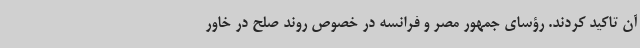
آن تاکید کردند. رؤسای جمهور مصر و فرانسه در خصوص روند صلح در خاور